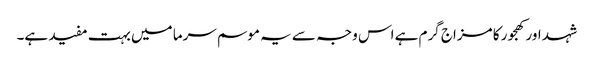
شہد اور کھجور کا مزاج گرم ہے اس وجہ سے یہ موسم سرما میں بہت مفید ہے۔